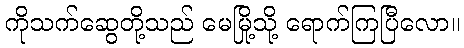
ကိုသက်ဆွေတို့သည် မေမြို့သို့ ရောက်ကြပြီလော။